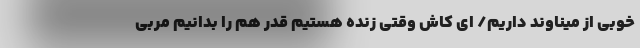
خوبی از میناوند داریم/ ای کاش وقتی زنده‌ هستیم قدر هم را بدانیم مربی